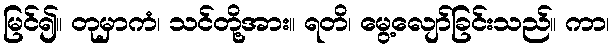
မြင်၍။ တုမှာကံ၊ သင်တို့အား။ ရတိ၊ မွေ့လျော်ခြင်းသည်။ ကာ၊